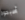
أصبحوا